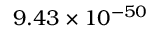
9 . 4 3 \times 1 0 ^ { - 5 0 }